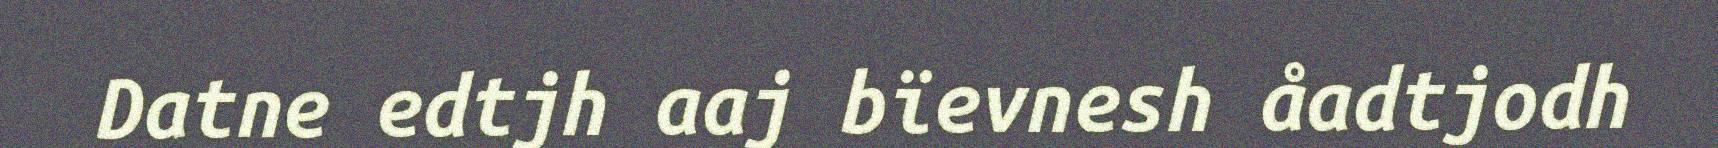
Datne edtjh aaj bïevnesh åadtjodh